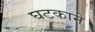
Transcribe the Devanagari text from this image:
घटकाने